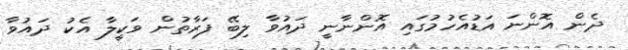
ދެން އޮންނަ އަޑުއެހުމުގައި އޮންނާނީ ދައުވާ ލިބޭ ފަރާތުން ވަކީލާ އެކު ދައުވާ